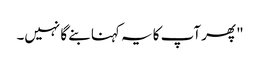
" پھر آپ کا یہ کہنا بنے گا نہیں۔